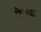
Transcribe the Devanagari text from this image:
फ्रेज्या